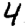
Digit: 4